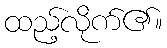
ထည့်လိုက်၏။